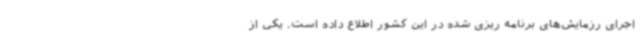
اجرای رزمایش‌های برنامه ریزی شده در این کشور اطلاع داده است. یکی از